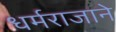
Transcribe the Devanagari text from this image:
धर्मराजाने